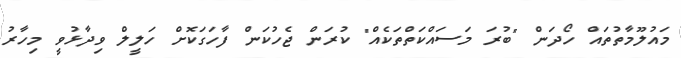
މައުލޫމާތުތައް ހޯދަން "ބުރަ މަސައްކަތްތަކެއް" ކުރަން ޖެހުކަން ފާހަގަކޮށް ހަލީލް ވިދާޅުވީ މިހާރު